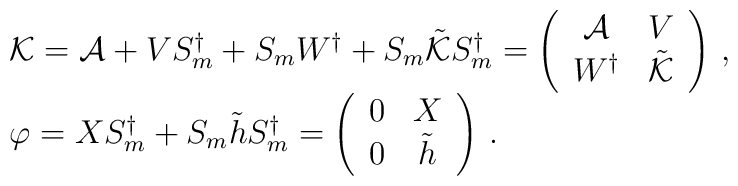
\begin{array}{l}{\cal K}={\cal A}+VS_{m}^{\dagger}+S_{m}W^{\dagger}+S_{m}\tilde{{\cal K}}S_{m}^{\dagger}=\left(\begin{array}{cc}{\cal A}&V\\W^{\dagger}&\tilde{{\cal K}}\end{array}\right)\,,\\\varphi=XS_{m}^{\dagger}+S_{m}\tilde{h}S_{m}^{\dagger}=\left(\begin{array}{cc}0&X\\0&\tilde{h}\end{array}\right)\,.\end{array}